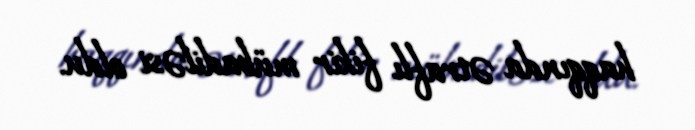
haqqında ətraflı fikir mübadiləsi oldu.